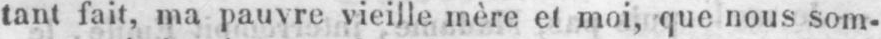
tant fait, ma pauvre vieille mère et moi, que nous som-